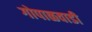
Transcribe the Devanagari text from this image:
गोपाळवाडी